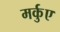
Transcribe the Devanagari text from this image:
मर्कुए